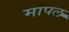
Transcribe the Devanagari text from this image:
मापल